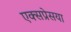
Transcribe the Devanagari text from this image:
एक्सप्रेसया